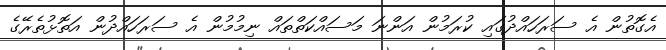
އެގޮތުން އެ ސަރަހައްދުގައި ކުރަމުން އަންނަ މަސައްކަތްތައް ނިމުމުން އެ ސަރަހައްދުން އަތޮޅުތެރޭގެ